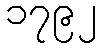
၁၇၉၂